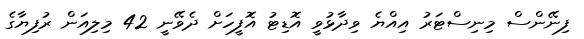
ފިނޭންސް މިނިސްޓަރު އިއްޔެ ވިދާޅުވީ އޮޑިޓު އޮފީހަށް ދެވޭނީ 42 މިލިއަން ރުފިޔާގެ